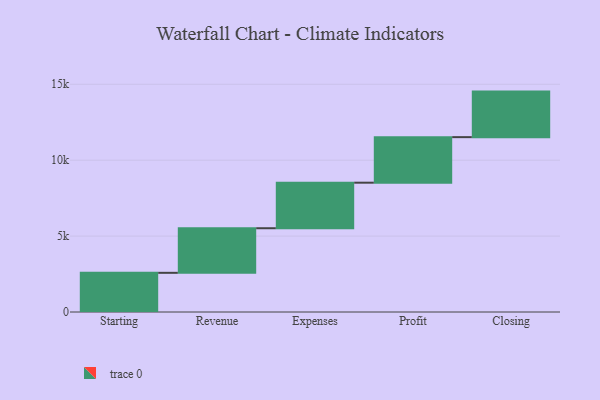
{"axis": {"x": "Step", "y": "Value"}, "legend": [""], "data": [{"x": "Starting", "y": 2580.0, "type": ""}, {"x": "Revenue", "y": 2938.0, "type": ""}, {"x": "Expenses", "y": 3000, "type": ""}, {"x": "Profit", "y": 3000, "type": ""}, {"x": "Closing", "y": 3000, "type": ""}]}